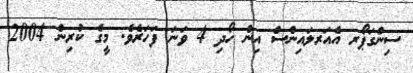
ސިންގަޕޯރ އެއަރލައިންސް އިން ހޯދި 4 ވަނަ ފަހަރެވެ. މީގެ ކުރިން 2004